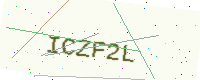
Text: ICZF2L